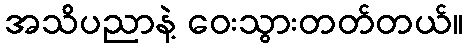
အသိပညာနဲ့ ဝေးသွားတတ်တယ်။